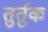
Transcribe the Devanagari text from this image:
तुर्तुक